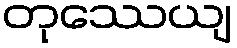
တုဿေယျ